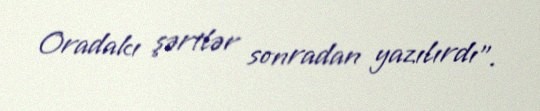
Oradakı şərtlər sonradan yazılırdı".